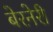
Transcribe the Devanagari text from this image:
बेरनेरी